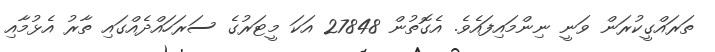
ތަރައްގީކުރަން ވަނީ ނިންމައިފައެވެ. އެގޮތުން 27848 އަކަ މީޓަރުގެ ސަރަހައްދެއްގައި ތާރު އެޅުމާއި